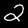
Digit: 2